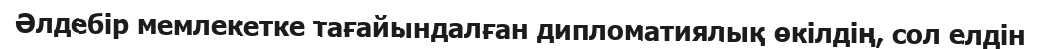
Әлдебір мемлекетке тағайындалған дипломатиялық өкілдің, сол елдін